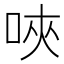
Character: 唊